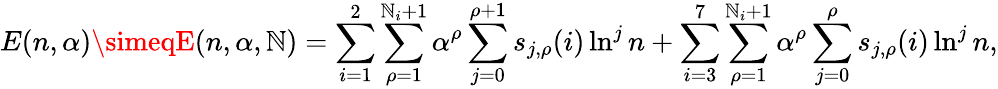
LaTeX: E(n,\alpha)\simeqE(n,\alpha,{\cal\mathbb{N}})=\sum_{i=1}^{2}\sum_{\rho=1}^{\mathbb{N}_{i}+1}\alpha^{\rho}\sum_{j=0}^{\rho+1}s_{j,\rho}(i)\ln^{j}n+\sum_{i=3}^{7}\sum_{\rho=1}^{\mathbb{N}_{i}+1}\alpha^{\rho}\sum_{j=0}^{\rho}s_{j,\rho}(i)\ln^{j}n,